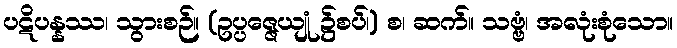
ပဋိပန္နဿ၊ သွားစဉ်။ (ဥပ္ပဇ္ဇေယျုံ ၌စပ်၊) စ၊ ဆက်။ သဗ္ဗံ၊ အလုံးစုံသော။